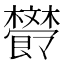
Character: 𣁩